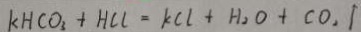
k H C O _ { 3 } + H C l = k C l + H _ { 2 } O + C O _ { 2 } \uparrow